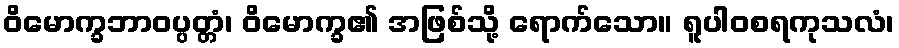
ဝိမောက္ခဘာဝပ္ပတ္တံ၊ ဝိမောက္ခ၏ အဖြစ်သို့ ရောက်သော။ ရူပါဝစရကုသလံ၊